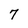
Character: 7